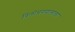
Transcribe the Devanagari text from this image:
त्रिलोचनपालाला